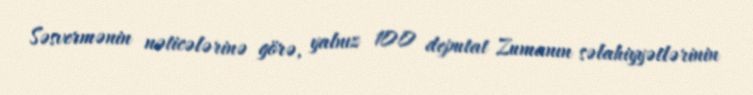
Səsvermənin nəticələrinə görə, yalnız 100 deputat Zumanın səlahiyyətlərinin